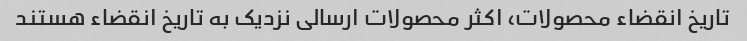
تاریخ انقضاء محصولات، اکثر محصولات ارسالی نزدیک به تاریخ انقضاء هستند